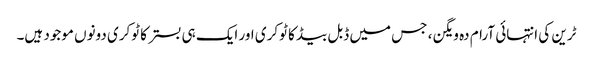
ٹرین کی انتہائی آرام دہ ویگن ، جس میں ڈبل بیڈ کا ٹوکری اور ایک ہی بستر کا ٹوکری دونوں موجود ہیں۔